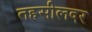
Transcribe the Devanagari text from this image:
तहसीलदर